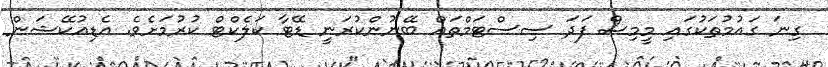
ގިނަ ގައުމުތަކުގައި މީމިސް ފަދަ ސިސްޓަމްތައް ބޭނުންކުރަނީ ޑޭޓާ ކަލެކްޓް ކުރުމަށެވެ. އެޑިއުކޭޝަން